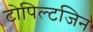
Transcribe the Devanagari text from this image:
टोपिल्टजिन